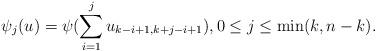
LaTeX: \begin{align*}\psi_j(u)=\psi(\sum_{i=1}^ju_{k-i+1,k+j-i+1}),0\leq j\leq \min(k,n-k).\end{align*}